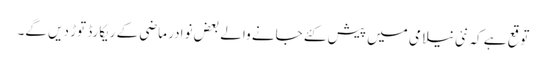
توقع ہے کہ نئی نیلامی میں پیش کئے جانے والے بعض نوادر ماضی کے ریکارڈ توڑ دیں گے۔